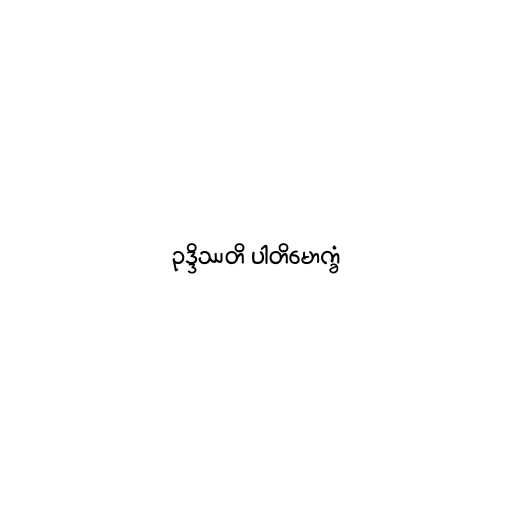
ဥဒ္ဒိဿတိ ပါတိမောက္ခံ